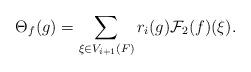
LaTeX: \begin{align*} \Theta_f(g)=\sum_{\xi \in V_{i+1}(F)} r_i(g)\mathcal{F}_2(f)(\xi).\end{align*}